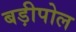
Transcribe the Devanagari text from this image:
बड़ीपोल